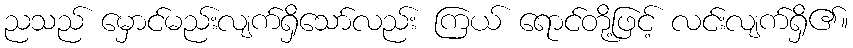
ညသည် မှောင်မည်းလျက်ရှိသော်လည်း ကြယ် ရောင်တို့ဖြင့် လင်းလျက်ရှိ၏။